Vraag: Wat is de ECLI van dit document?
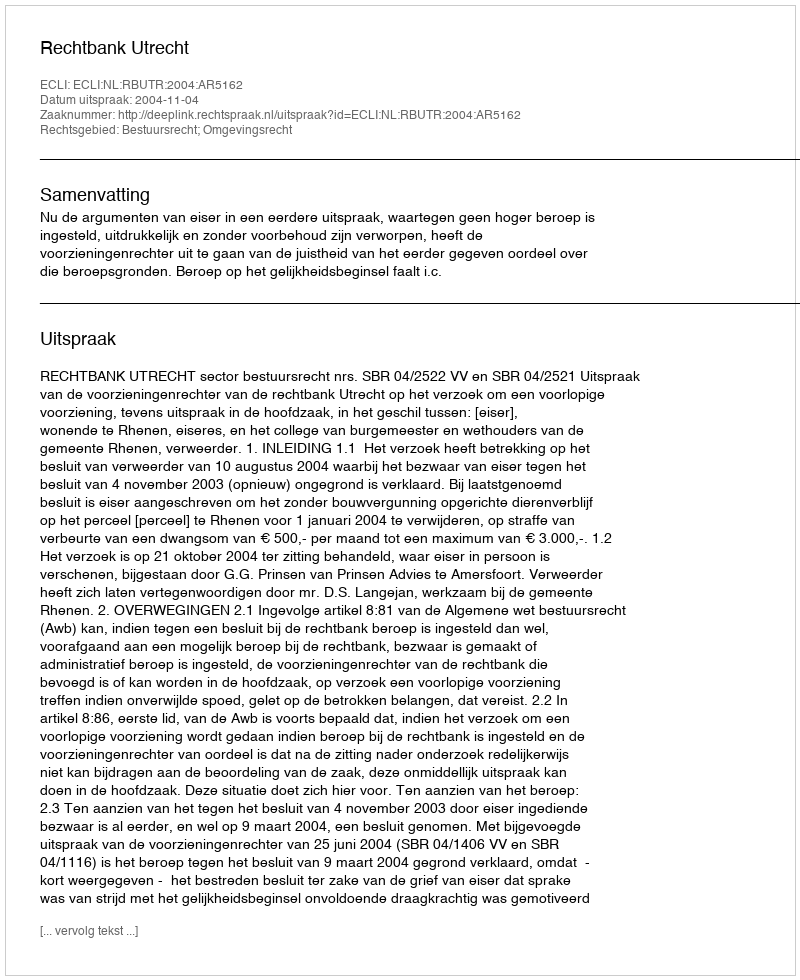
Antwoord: ECLI:NL:RBUTR:2004:AR5162